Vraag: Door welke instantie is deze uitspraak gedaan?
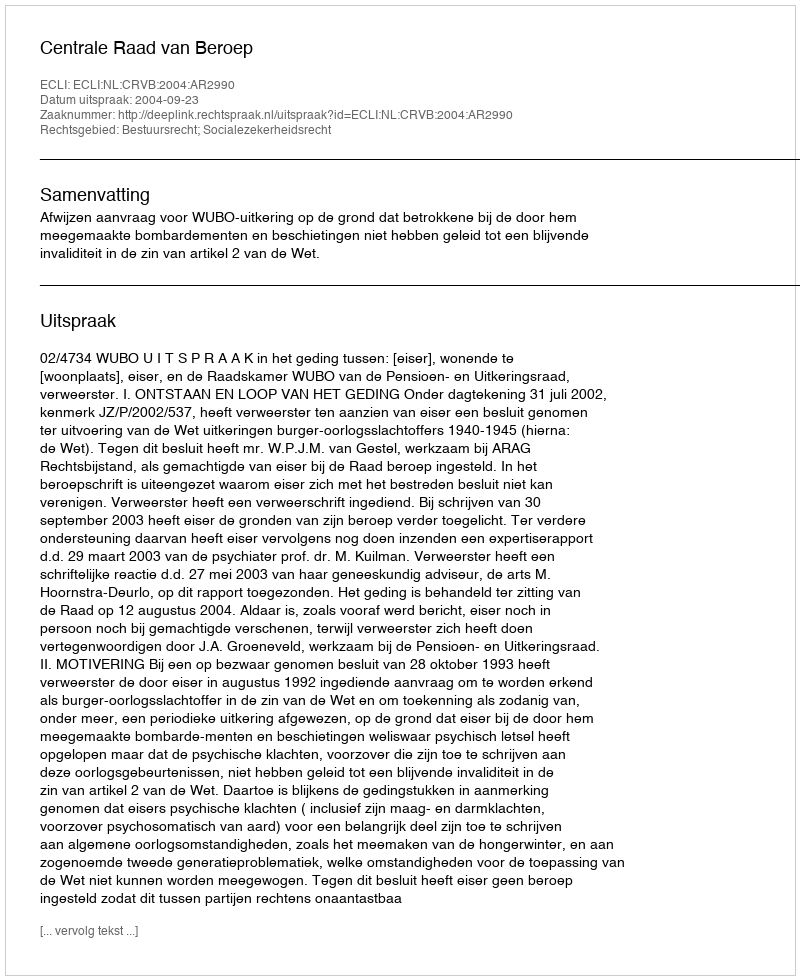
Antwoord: Centrale Raad van Beroep